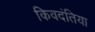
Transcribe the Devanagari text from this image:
किवदंतिया